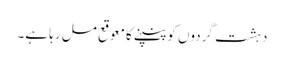
دہشت گردوں کو پنپنے کا معوقع مل رہا ہے۔